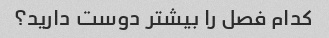
کدام فصل را بیشتر دوست دارید؟